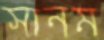
সানম